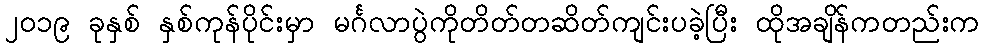
၂၀၁၉ ခုနှစ် နှစ်ကုန်ပိုင်းမှာ မင်္ဂလာပွဲကိုတိတ်တဆိတ်ကျင်းပခဲ့ပြီး ထိုအချိန်ကတည်းက